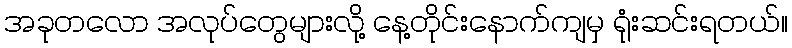
အခုတလော အလုပ်တွေများလို့ နေ့တိုင်းနောက်ကျမှ ရုံးဆင်းရတယ်။